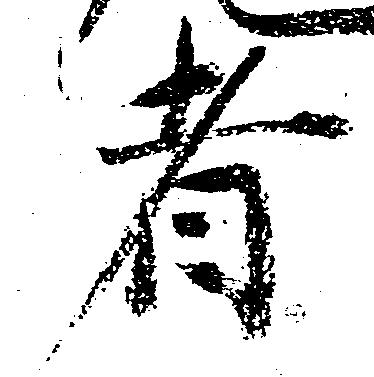
者